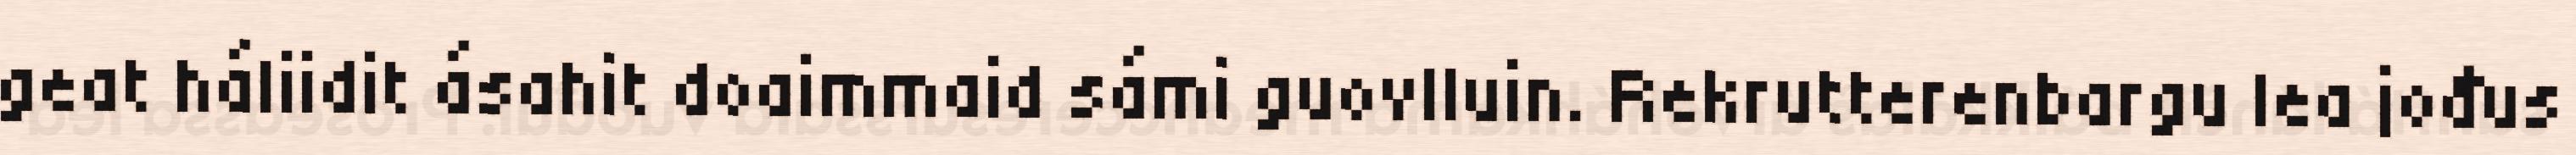
geat háliidit ásahit doaimmaid sámi guovlluin. Rekrutterenbargu lea jođus